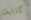
كتابك